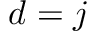
d = j